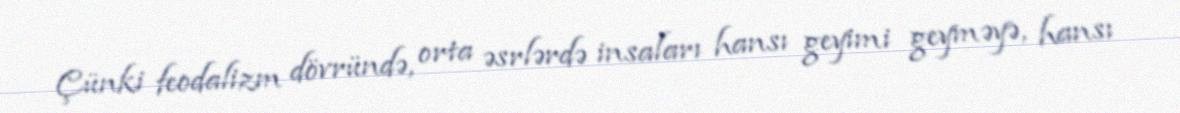
Çünki feodalizm dövründə, orta əsrlərdə insaları hansı geyimi geyməyə, hansı